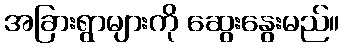
အခြားရွာများကို ဆွေးနွေးမည်။